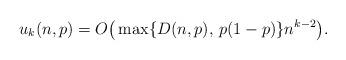
LaTeX: \begin{align*} u_k(n,p) = O\big(\max\{D(n,p),\, p(1-p)\}n^{k-2}\big). \end{align*}